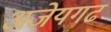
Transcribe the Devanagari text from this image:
अजेयगढ